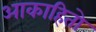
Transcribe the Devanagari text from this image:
आकाहितो